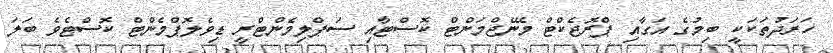
ހަރަދުތަކަކީ ބިމުގެ އަގާއި ޕްރޮޖެކްޓް މެނޭޖްމަންޓް ކޮސްޓާއި ސަޕްލިމެންޓްރީ ޑިވެލޮޕްމެންޓް ކޮސްޓެވެ ބަލަ